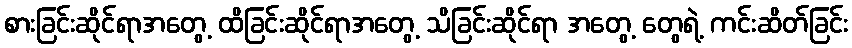
စားခြင်းဆိုင်ရာအတွေ့ ထိခြင်းဆိုင်ရာအတွေ့ သိခြင်းဆိုင်ရာ အတွေ့ တွေရဲ့ ကင်းဆိတ်ခြင်း